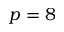
p = 8